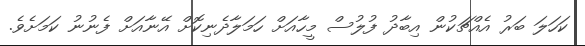
ކަހަލަ ބަރު އެއްޗަކުން އިބާދު ފުލުސް މީހާއަށް ހަމަލާދެނިކޮށް އޭނާއަށް ފެނުނު ކަމަށެވެ.